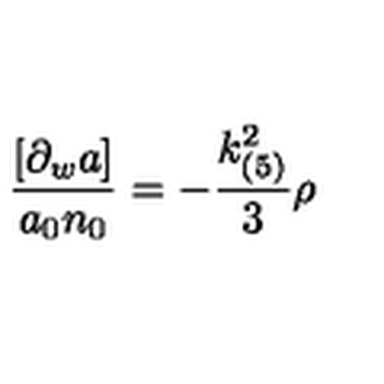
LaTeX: \frac { [ \partial _ { w } a ] } { a _ { 0 } n _ { 0 } } = - \frac { k _ { ( 5 ) } ^ { 2 } } { 3 } \rho